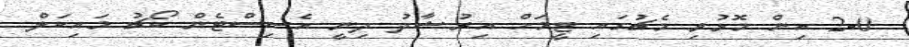
2-0 އިން މޮޅުވި މެޗުގައި ޓީމަށް އިރުޝާދު ދިނީ އެސިސްޓެން ކޯޗު މައިކަލް